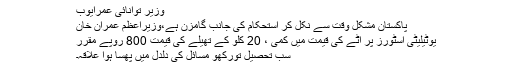
وزیر توانائی عمرایوب
پاکستان مشکل وقت سے نکل کر استحکام کی جانب گامزن ہے،وزیراعظم عمران خان
یوٹیلیٹی اسٹورز پر آٹے کی قیمت میں کمی ، 20 کلو کے تھیلے کی قیمت 800 روپے مقرر
سب تحصیل تورکھو مسائل کی دلدل میں پھسا ہوا علاقہ۔